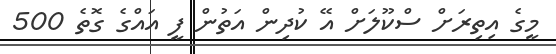
މީގެ އިތިރަށް ސްކޫލަށް އޭ ކުދިން އަތުން ފީ އައްގެ ގޮތެ 500